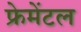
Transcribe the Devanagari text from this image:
फ्रेमेंटल